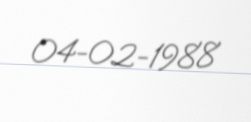
04-02-1988